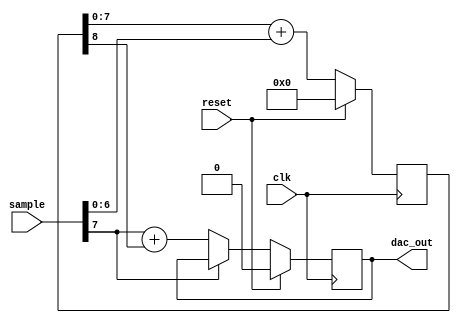
module pdm #(
parameter OUTPUT_WIDTH = 1,
parameter INPUT_WIDTH = 8
)(
input wire clk,
input wire reset,
input wire [INPUT_WIDTH-1:0] sample,
output wire [OUTPUT_WIDTH-1:0] dac_out
);

reg [INPUT_WIDTH:0] accumulator;
reg [OUTPUT_WIDTH-1:0] out_value;

assign dac_out = out_value;

always @(posedge clk) begin
	accumulator <= {1'b0, accumulator[INPUT_WIDTH-1:0]} + sample[INPUT_WIDTH-OUTPUT_WIDTH-1:0];
	if (~(&sample[INPUT_WIDTH-1:INPUT_WIDTH-OUTPUT_WIDTH])) begin // Make sure not to overflow
		out_value <= sample[INPUT_WIDTH-1:INPUT_WIDTH-OUTPUT_WIDTH] + accumulator[INPUT_WIDTH];
	end
	if (reset) begin
		accumulator <= {INPUT_WIDTH{1'b0}};
		out_value <= {OUTPUT_WIDTH-1{1'b0}};
	end
end

endmodule